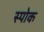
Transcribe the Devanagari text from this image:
स्‍पोक